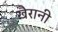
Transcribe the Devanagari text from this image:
खैरानी